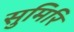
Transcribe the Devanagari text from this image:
सुमिरि